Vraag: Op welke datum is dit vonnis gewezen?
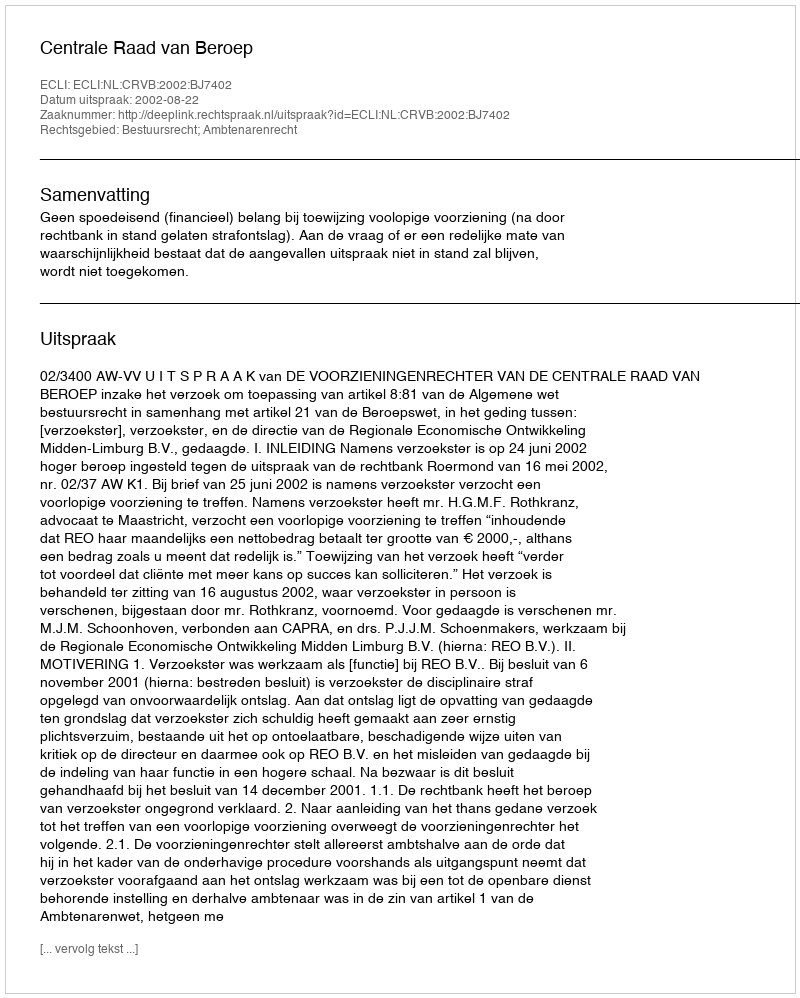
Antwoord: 2002-08-22